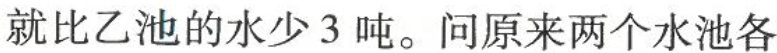
就比乙池的水少3吨。问原来两个水池各